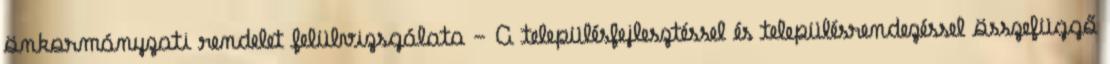
önkormányzati rendelet felülvizsgálata - A településfejlesztéssel és településrendezéssel összefüggő